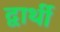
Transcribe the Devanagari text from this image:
द्वार्थी